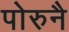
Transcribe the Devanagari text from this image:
पोरुनै